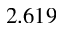
2 . 6 1 9